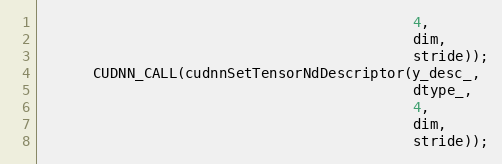
Language: C
                                            4,
                                            dim,
                                            stride));
      CUDNN_CALL(cudnnSetTensorNdDescriptor(y_desc_,
                                            dtype_,
                                            4,
                                            dim,
                                            stride));